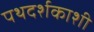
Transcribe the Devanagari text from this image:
पथदर्शकाशी